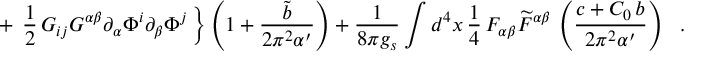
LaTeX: + \, \left. \frac { 1 } { 2 } \, G _ { i j } G ^ { \alpha \beta } \partial _ { \alpha } \Phi ^ { i } \partial _ { \beta } \Phi ^ { j } \, \right\} \left( 1 + \frac { { \tilde { b } } } { 2 \pi ^ { 2 } \alpha ^ { \prime } } \right) + \frac { 1 } { 8 \pi g _ { s } } \int d ^ { 4 } x \, \frac { 1 } { 4 } \, F _ { \alpha \beta } { \widetilde { F } } ^ { \alpha \beta } \, \left( \frac { c + C _ { 0 } \, b } { 2 \pi ^ { 2 } \alpha ^ { \prime } } \right) ~ ~ .